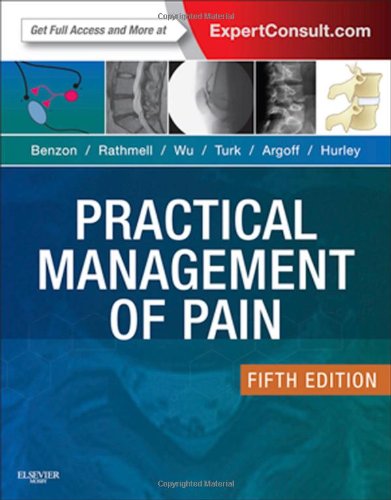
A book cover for Practical Management of Pain, 5e (PRACTICAL MANAGEMENT OF PAIN (RAJ)); Honorio Benzon MD; Medical Books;